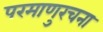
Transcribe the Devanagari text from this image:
परमाणुरचना